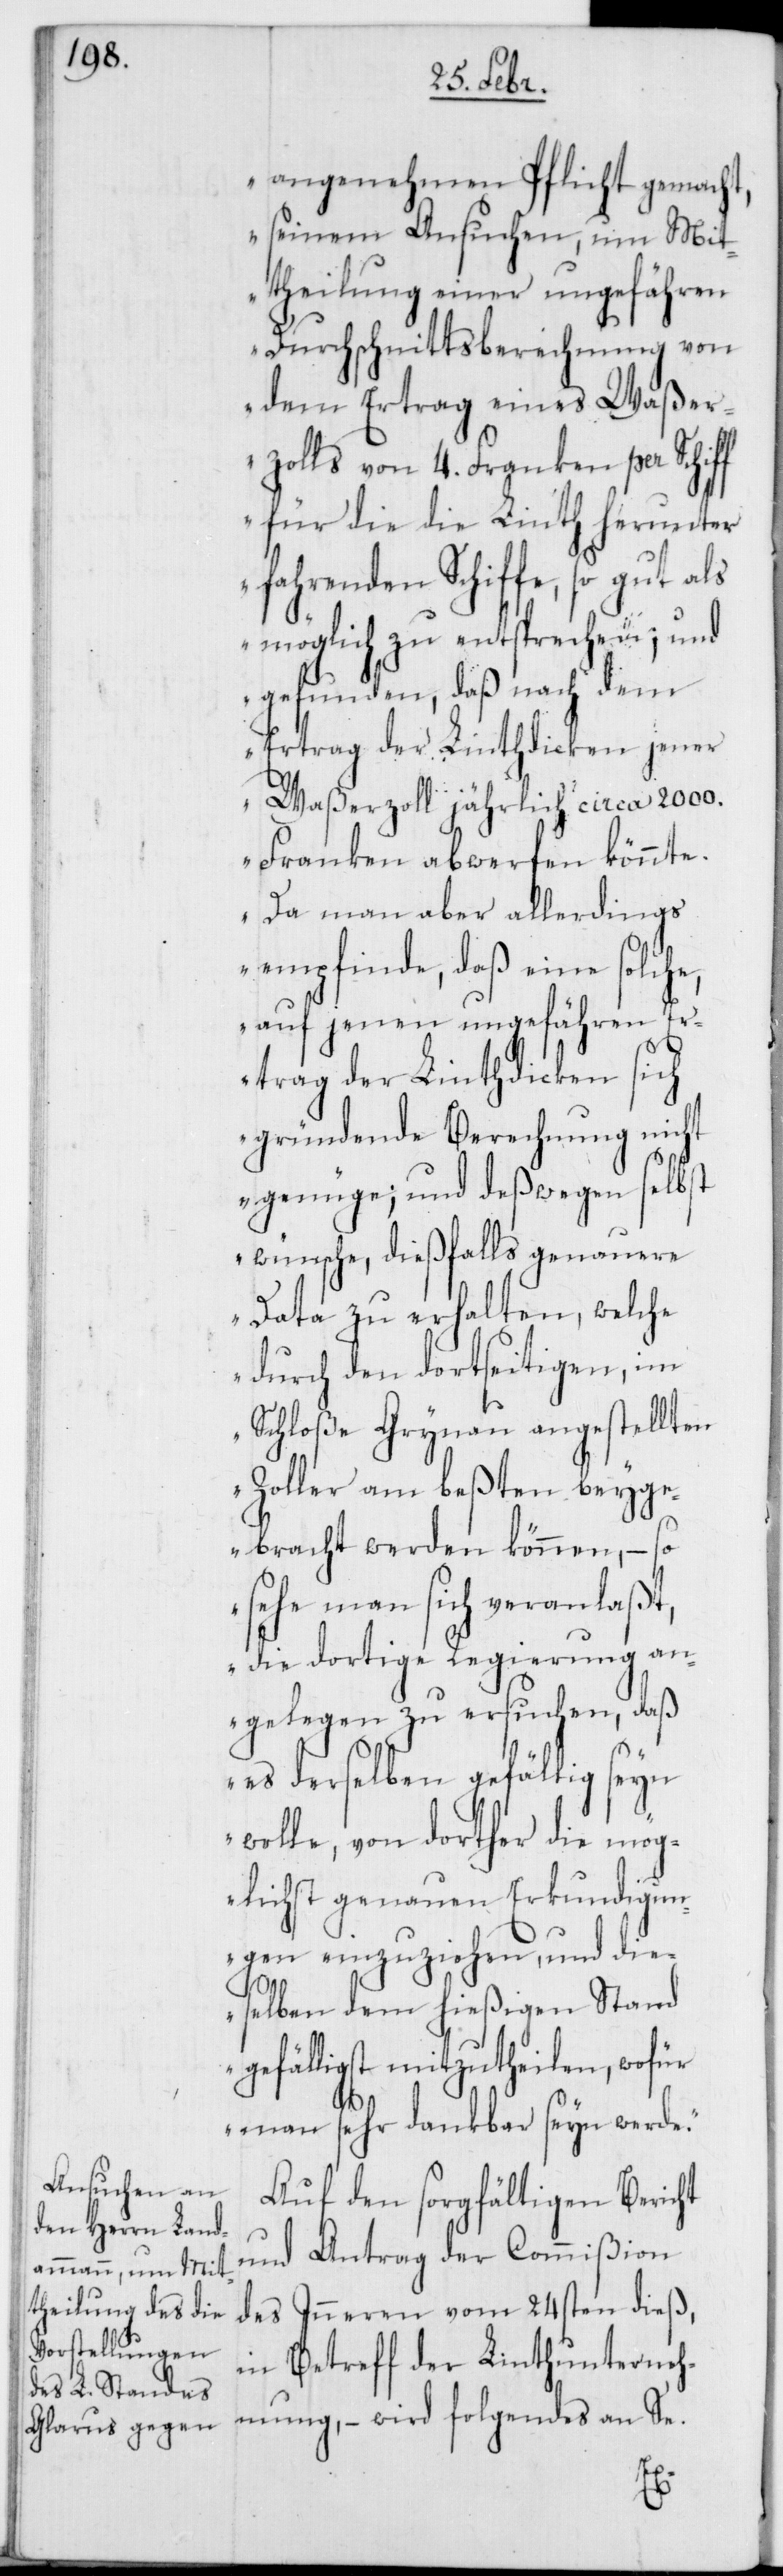
angenehmen Pflicht gemacht,
seinem Ansuchen, um Mit¬
theilung einer ungefähren
Durchschnittsberechnung von
dem Ertrag eines Waßer¬
zolls von 4. Franken per Schiff
für die, die Linth herunter¬
fahrenden Schiffe, so gut als
möglich zu entsprechen; und
gefunden, daß nach dem
Ertrag der Linthdicken jener
Waßerzoll jährlich circa 2000.
Franken abwerfen könnte.
Da man aber allerdings
empfinde, daß eine solche,
auf jenen ungefähren Er¬
trag der Linthdicken sich
gründende Berechnung nicht
genüge; und deßwegen selbst
wünsche, dießfalls genauere
Data zu erhalten, welche
durch den dortseitigen, im
Schloße Grynau angestellten
Zoller am beßten beyge¬
bracht werden können, – so
sehe man sich veranlaßt,
die dortige Regierung an¬
gelegen zu ersuchen, daß
es derselben gefällig seyn
wolle, von dorther die mög¬
lichst genauen Erkundigun¬
gen einzuziehen, und die¬
selben dem hießigen Stand
gefälligst mitzutheilen, wofür
man sehr dankbar seyn werde.“
Auf den sorgfältigen Bericht
und Antrag der Commißion
des Inneren vom 24sten dieß,
in Betreff der Linthunterneh¬
mung, – wird folgendes an Se.